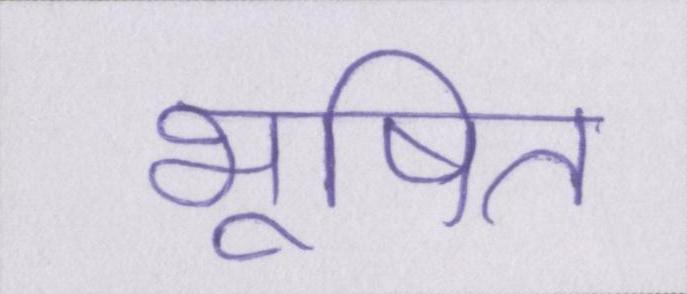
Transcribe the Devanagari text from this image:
भूषित